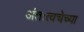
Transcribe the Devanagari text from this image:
अंतःत्वचेच्या